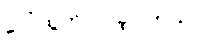
ပေါ်ထွက်လာခဲ့ပါတယ်။